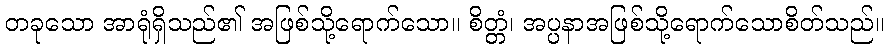
တခုသော အာရုံရှိသည်၏ အဖြစ်သို့ရောက်သော။ စိတ္တံ၊ အပ္ပနာအဖြစ်သို့ရောက်သောစိတ်သည်။